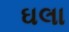
ઘલા